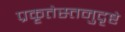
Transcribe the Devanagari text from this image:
प्रकृतेस्तनुदृष्टे